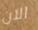
الآن